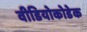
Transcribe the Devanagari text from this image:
वीडियोकोडेक